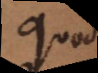
quod